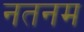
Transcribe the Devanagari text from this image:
नतनम